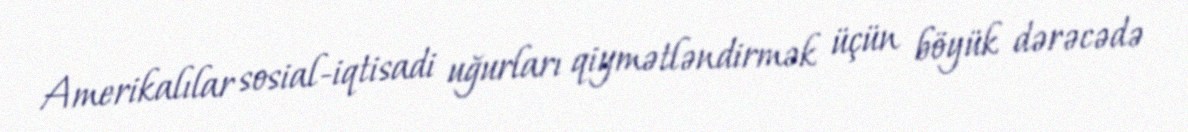
Amerikalılar sosial-iqtisadi uğurları qiymətləndirmək üçün böyük dərəcədə